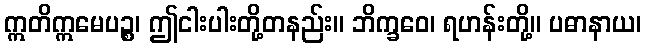
ဣတိဣမေပဉ္စ၊ ဤငါးပါးတို့တနည်း။ ဘိက္ခဝေ၊ ရဟန်းတို့။ ပဓာနာယ၊